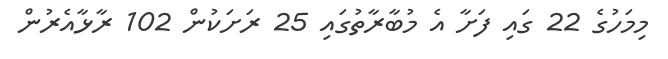
މިމަހުގެ 22 ގައި ފަށާ އެ މުބާރާތުގައި 25 ރަށަކުން 102 ރާޅާއެރުން